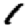
Digit: 1